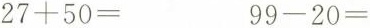
$$27+50=$$ $$99-20=$$